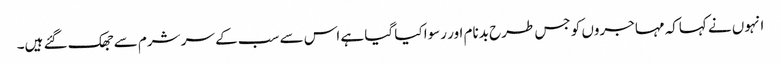
انہوں نے کہاکہ مہاجروں کو جس طرح بدنام اور رسوا کیا گیا ہے اس سے سب کے سر شرم سے جھک گئے ہیں۔